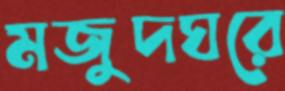
মজুদঘরে